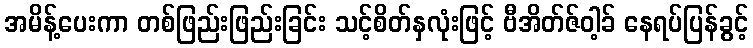
အမိန့်ပေးကာ တစ်ဖြည်းဖြည်းခြင်း သင့်စိတ်နှလုံးဖြင့် ဗီအိတ်ဇ်ဝါ့ခ် နေရပ်ပြန်ခွင့်